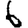
Digit: 6